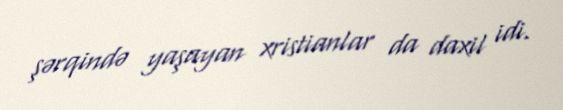
şərqində yaşayan xristianlar da daxil idi.